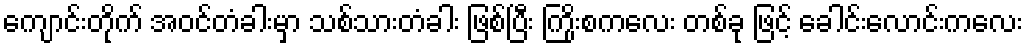
ကျောင်းတိုက် အဝင်တံခါးမှာ သစ်သားတံခါး ဖြစ်ပြီး ကြိုးစကလေး တစ်ခု ဖြင့် ခေါင်းလောင်းကလေး